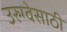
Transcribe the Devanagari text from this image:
उरुग्वेसाठी